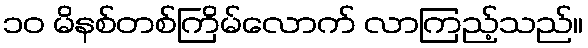
၁၀ မိနစ်တစ်ကြိမ်လောက် လာကြည့်သည်။